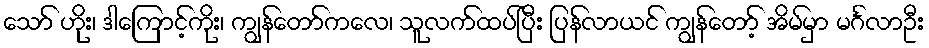
သော် ဟိုး၊ ဒါကြောင့်ကိုး၊ ကျွန်တော်ကလေ၊ သူလက်ထပ်ပြီး ပြန်လာယင် ကျွန်တော့် အိမ်မှာ မင်္ဂလာဦး